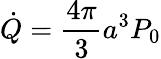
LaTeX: \dot{Q}=\frac{4\pi}{3}a^{3}P_{0}